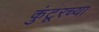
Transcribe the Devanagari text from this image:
कुंटूरच्या